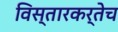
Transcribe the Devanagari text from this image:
विस्तारकर्तेच